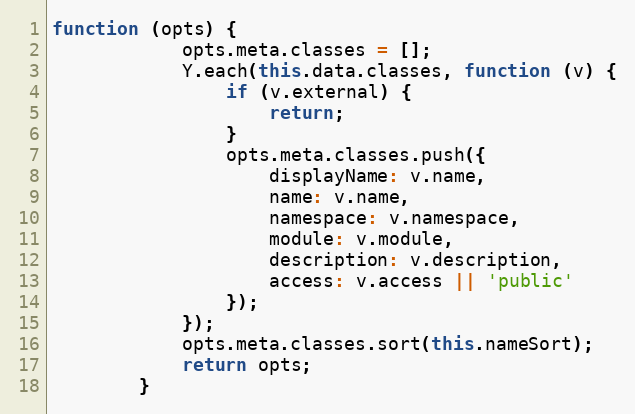
Language: JavaScript
function (opts) {
            opts.meta.classes = [];
            Y.each(this.data.classes, function (v) {
                if (v.external) {
                    return;
                }
                opts.meta.classes.push({
                    displayName: v.name,
                    name: v.name,
                    namespace: v.namespace,
                    module: v.module,
                    description: v.description,
                    access: v.access || 'public'
                });
            });
            opts.meta.classes.sort(this.nameSort);
            return opts;
        }